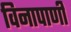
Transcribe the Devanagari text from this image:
विनापाणी